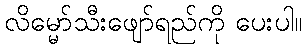
လိမ္မော်သီးဖျော်ရည်ကို ပေးပါ။